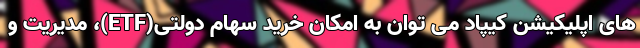
های اپلیکیشن کیپاد می توان به امکان خرید سهام دولتی(ETF)، مدیریت و